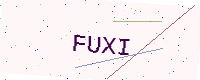
Text: FUXI